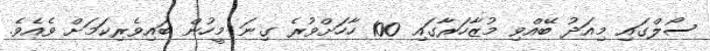
ސޯލްގައި މިއަދު ބޭއްވި މުޒާހަރާގައި 100 ހާހަށްވުރެ ގިނަ މީހުން ބައިވެރިކަމަށް ވެއެވެ.